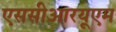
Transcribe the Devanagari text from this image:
एससीआरयूएम